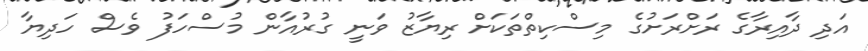
އަދި ދާއިރާގެ ރަށްރަށުގެ މިސްކިތްތަކަށް ރިޔާޒު ވަނީ ގުރުއާން މުސްހަފު ވެސް ހަދިޔާ